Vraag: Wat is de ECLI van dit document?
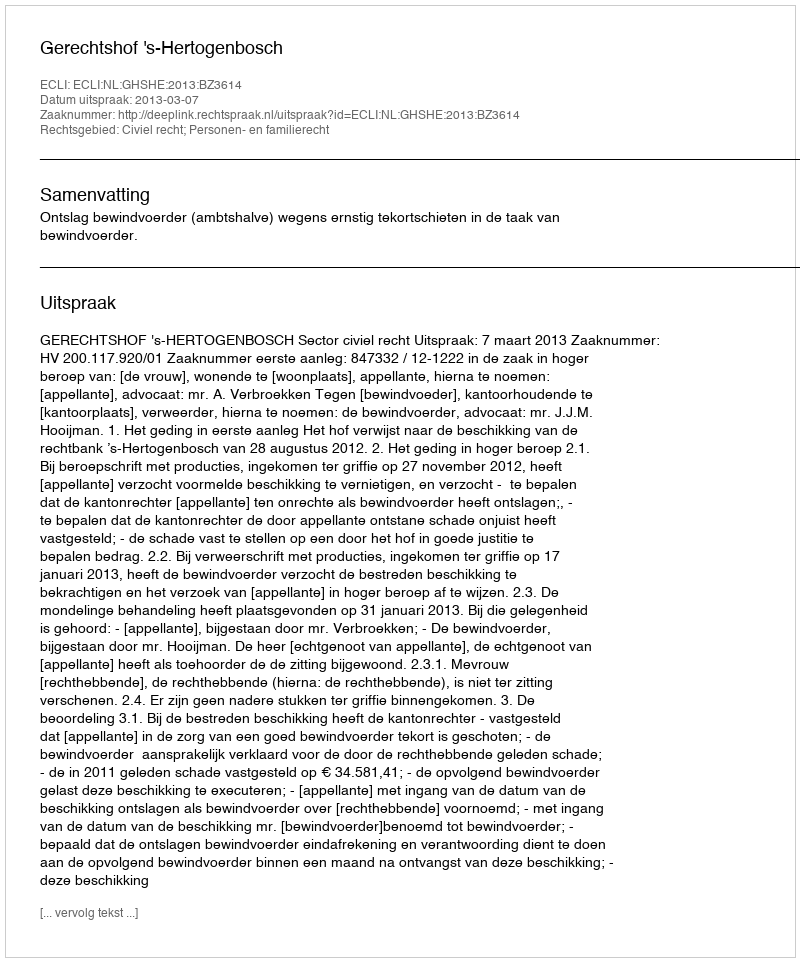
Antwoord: ECLI:NL:GHSHE:2013:BZ3614